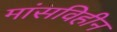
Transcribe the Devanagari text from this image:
मांसविहीन